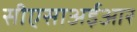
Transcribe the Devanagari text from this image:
सीएसाअईआर